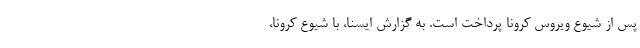
پس از شیوع ویروس کرونا پرداخت است. به گزارش ایسنا، با شیوع کرونا،